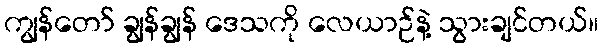
ကျွန်တော် ချွန်ချွန် ဒေသကို လေယာဉ်နဲ့ သွားချင်တယ်။